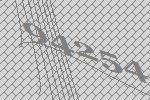
94254